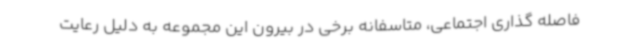
فاصله گذاری اجتماعی، متاسفانه برخی در بیرون این مجموعه به دلیل رعایت